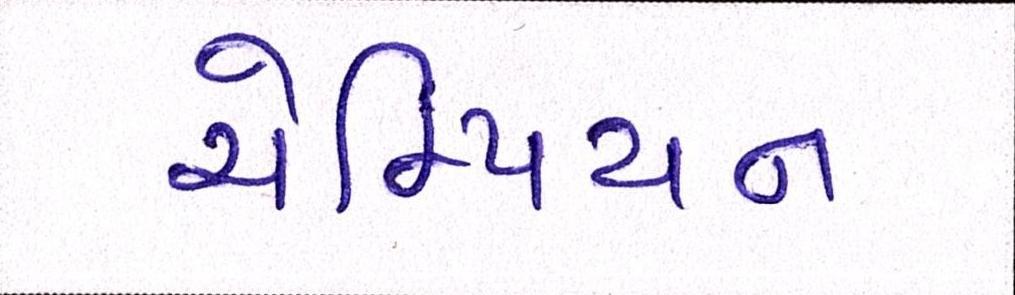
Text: ચેમ્પિયન